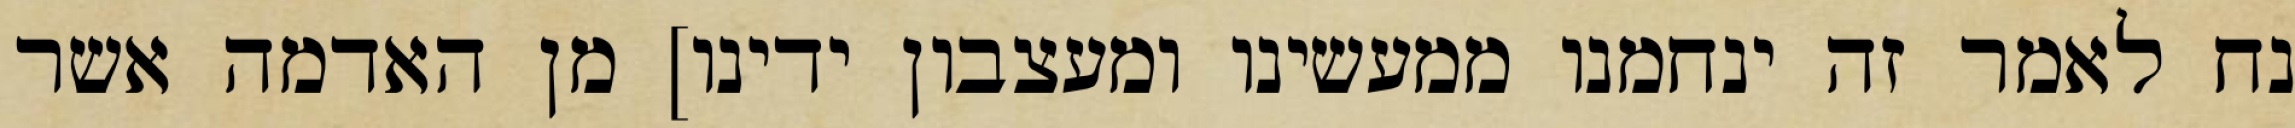
נח לאמר זה ינחמנו ממעשינו ומעצבון ידינו] מן האדמה אשר